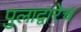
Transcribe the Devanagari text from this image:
पुलाद्वारेच